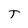
Character: T